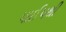
પાઈપથી